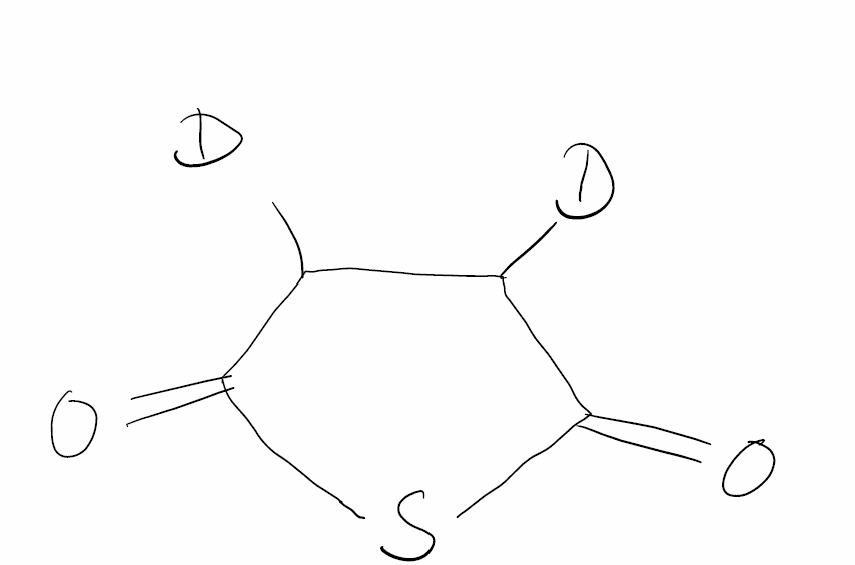
Simplified molecular-input line-entry system (SMILES) notation of the given molecule:
[2H]C1C(C(=O)SC1=O)[2H]